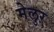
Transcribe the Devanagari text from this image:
मेलुर